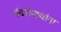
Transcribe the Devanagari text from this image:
पंढरीनाथांना